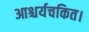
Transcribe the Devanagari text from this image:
आश्चर्यचकित।